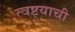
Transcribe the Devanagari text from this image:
त्वष्ट्याची